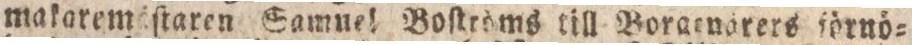
makaremäſtaren Samnel Boſtröms till Boratnärers förnö=